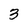
Character: 3